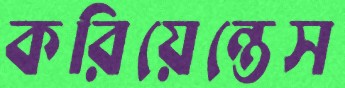
করিয়েন্তেস